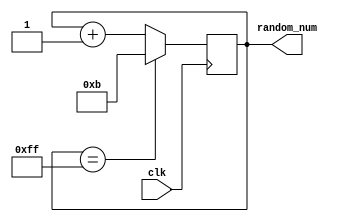
`timescale 1ns / 1ps
//////////////////////////////////////////////////////////////////////////////////
// Company: 
// Engineer: 
// 
// Design Name: 
// Module Name: produce_random
// Project Name: 
// Target Devices: 
// Tool Versions: 
// Description: 
// 
// Dependencies: 
// 
// Revision:
// Revision 0.01 - File Created
// Additional Comments:
// 
//////////////////////////////////////////////////////////////////////////////////


module produce_random(
input clk,
output reg [7:0]random_num
    );
    reg [7:0] count = 8'd11;
    
    always@(*) begin
    random_num = count;
    end
    
    always@(posedge clk)
    if(count == 8'hff) count <= 8'd11;
    else count <= count + 1;
    
endmodule